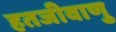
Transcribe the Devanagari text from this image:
हतजीवाणु